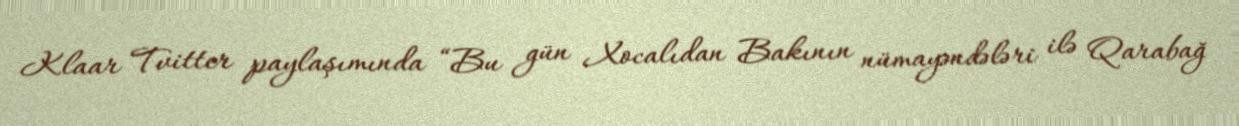
Klaar Tvitter paylaşımında “Bu gün Xocalıdan Bakının nümayəndələri ilə Qarabağ